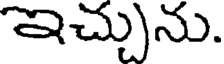
ఇచ్చును.